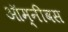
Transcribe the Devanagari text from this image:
ऑम्नीबस